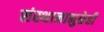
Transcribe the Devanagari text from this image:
संस्थानामुळेही